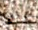
ترافق